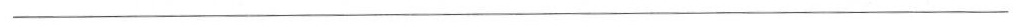
___